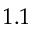
1 . 1